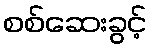
စစ်ဆေးခွင့်